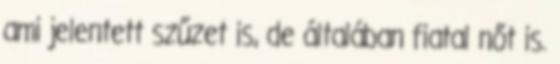
ami jelentett szűzet is, de általában fiatal nőt is.